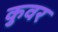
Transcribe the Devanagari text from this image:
कुवर